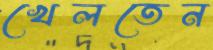
খেলতেন